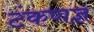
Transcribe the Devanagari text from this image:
टंकणज्ञ